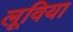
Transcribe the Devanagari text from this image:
लूविया